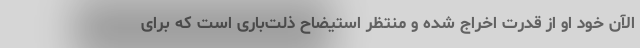
الآن خود او از قدرت اخراج شده و منتظر استیضاح ذلت‌باری است که برای